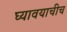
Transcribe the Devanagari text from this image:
घ्यावयाचीच